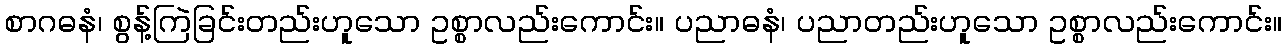
စာဂဓနံ၊ စွန့်ကြဲခြင်းတည်းဟူသော ဥစ္စာလည်းကောင်း။ ပညာဓနံ၊ ပညာတည်းဟူသော ဥစ္စာလည်းကောင်း။